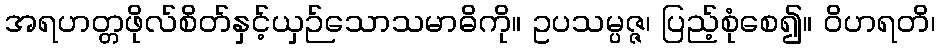
အရဟတ္တဖိုလ်စိတ်နှင့်ယှဉ်သောသမာဓိကို။ ဥပသမ္ပဇ္ဇ၊ ပြည့်စုံစေ၍။ ဝိဟရတိ၊